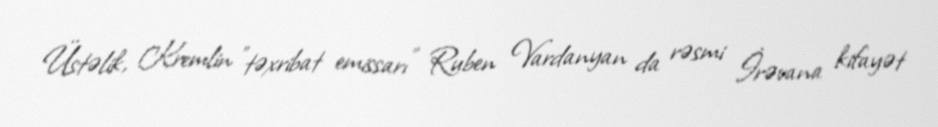
Üstəlik, Kremlin "təxribat emissarı" Ruben Vardanyan da rəsmi İrəvana kifayət